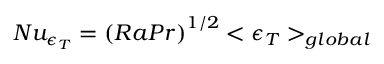
N u _ { \epsilon _ { T } } = { ( R a P r ) } ^ { 1 / 2 } < \epsilon _ { T } > _ { g l o b a l }